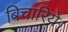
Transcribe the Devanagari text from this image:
बिचारिये।